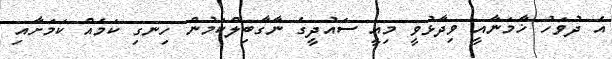
އެ ދުވަހު ޚާމަނާއީ ވިދާޅުވީ މިއީ ސައުދީގެ ނާގާބިލްކަމުން ހިނގި ކަމެއް ކަމަށާއި